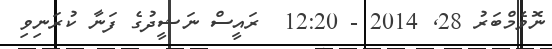
ނޮވެމްބަރު 28